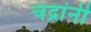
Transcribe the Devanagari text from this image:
चंद्रांनी